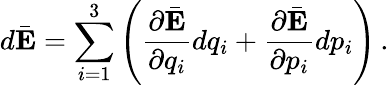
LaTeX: d\bar{\mathbf E}=\sum_{i=1}^{3}\left(\frac{\partial\bar{\mathbf E}}{\partial q_{i}}dq_{i}+\frac{\partial\bar{\mathbf E}}{\partial p_{i}}dp_{i}\right)\, .